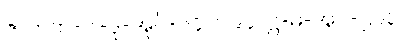
ဇာတက-ပါ-ဒု-အုပ်-၆၄။ ၁၉၄။ ဋ္ဌ-မ-အုပ်-၂၉၃၊